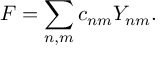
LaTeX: F = \sum _ { n , m } c _ { n m } Y _ { n m } .